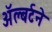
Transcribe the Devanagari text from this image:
ॲल्बर्टने